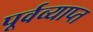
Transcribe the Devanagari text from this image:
पूर्वव्याप्त